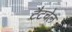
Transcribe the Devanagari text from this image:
टैटचेल